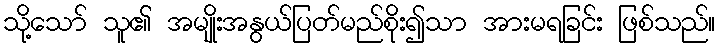
သို့သော် သူ၏ အမျိုးအနွယ်ပြတ်မည်စိုး၍သာ အားမရခြင်း ဖြစ်သည်။